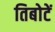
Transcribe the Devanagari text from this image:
तिबोटें